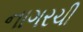
નાગરચી